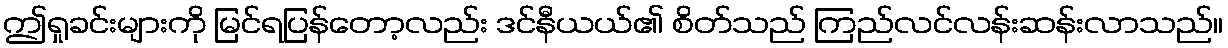
ဤရှုခင်းများကို မြင်ရပြန်တော့လည်း ဒင်နီယယ်၏ စိတ်သည် ကြည်လင်လန်းဆန်းလာသည်။